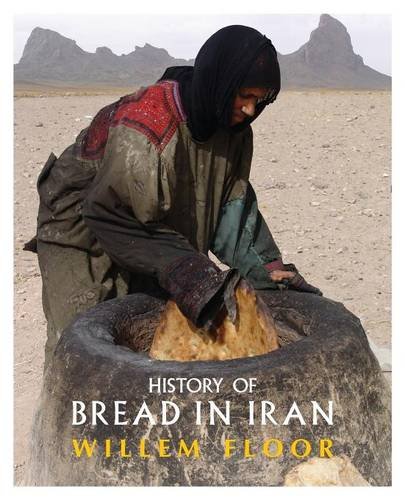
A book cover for History of Bread in Iran; Willem Floor; History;